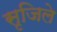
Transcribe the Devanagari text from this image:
सृजिले